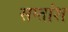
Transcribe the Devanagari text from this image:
सप्तांश